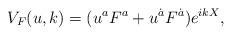
\begin{align*}V_F(u,k) = (u^aF^a+u^{\dot{a}}F^{\dot{a}})e^{ikX},\end{align*}